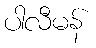
ပါလီမန်